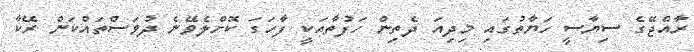
ރާއްޖޭގެ ސިޔާސީ ހަޔާތުގައި މިދިއަ ދެތިން ހަފުތާއަކީ ފާހަގަ ކޮށްލެވޭނެ ދުވަސްތައްކަން ރޭކާ